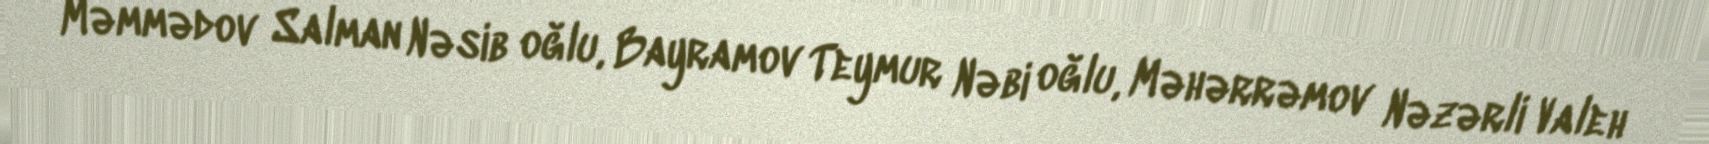
Məmmədov Salman Nəsib oğlu, Bayramov Teymur Nəbi oğlu, Məhərrəmov Nəzərli Valeh